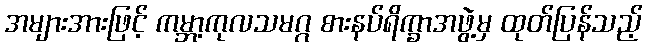
အများအားဖြင့် ကမ္ဘာ့ကုလသမဂ္ဂ စားနပ်ရိက္ခာအဖွဲ့မှ ထုတ်ပြန်သည့်